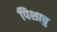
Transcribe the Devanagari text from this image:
पिशाचु